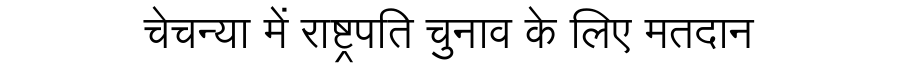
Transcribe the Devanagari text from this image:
चेचन्या में राष्ट्रपति चुनाव के लिए मतदान